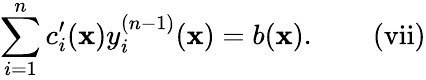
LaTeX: \sum_{i=1}^{n}c_{i}^{\prime}(\mathbf{x})y_{i}^{(n-1)}(\mathbf{x})=b(\mathbf{x}).\quad\quad\mathrm{{{(vii)}}}